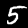
Digit: 5